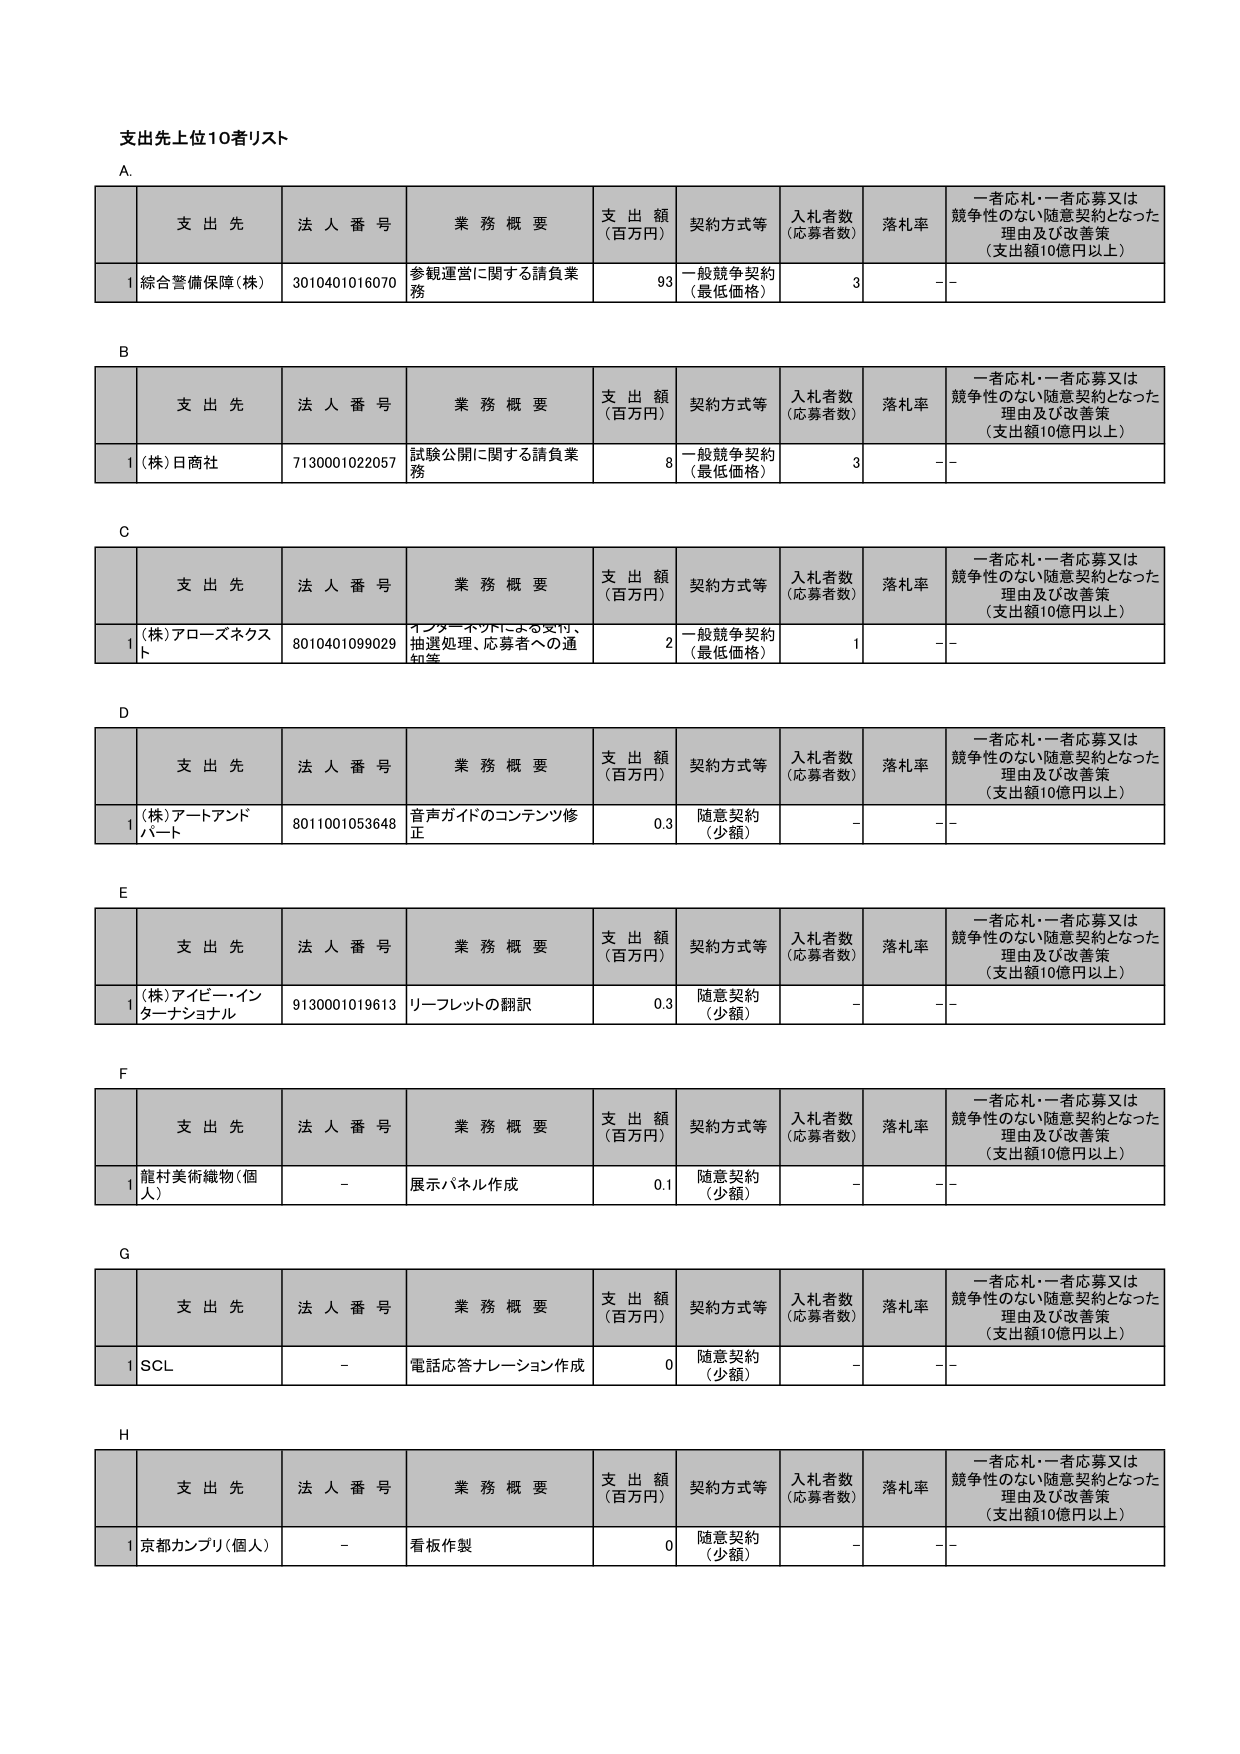
支出先上位10者リスト

A.
支 出 先 法 人 番 号 業 務 概 要 支 出 額 （百万円） 契約方式等 入札者数 （応募者数） 落札率 一者応札・一者応募又は 競争性のない随意契約となった 理由及び改善策 （支出額10億円以上）
1 総合警備保障（株） 3010401016070 参観運営に関する請負業 務 93 一般競争契約 （最低価格） 3 - -

B
支 出 先 法 人 番 号 業 務 概 要 支 出 額 （百万円） 契約方式等 入札者数 （応募者数） 落札率 一者応札・一者応募又は 競争性のない随意契約となった 理由及び改善策 （支出額10億円以上）
1 （株）日商社 7130001022057 試験公開に関する請負業 務 8 一般競争契約 （最低価格） 3 - -

C
支 出 先 法 人 番 号 業 務 概 要 支 出 額 （百万円） 契約方式等 入札者数 （応募者数） 落札率 一者応札・一者応募又は 競争性のない随意契約となった 理由及び改善策 （支出額10億円以上）
1 （株）アローズネクス ト 8010401099029 インターネットによる受付、 抽選処理、応募者への通 知等 2 一般競争契約 （最低価格） 1 - -

D
支 出 先 法 人 番 号 業 務 概 要 支 出 額 （百万円） 契約方式等 入札者数 （応募者数） 落札率 一者応札・一者応募又は 競争性のない随意契約となった 理由及び改善策 （支出額10億円以上）
1 （株）アートアンド パート 8011001053648 音声ガイドのコンテンツ修 正 0.3 随意契約 （少額） - - -

E
支 出 先 法 人 番 号 業 務 概 要 支 出 額 （百万円） 契約方式等 入札者数 （応募者数） 落札率 一者応札・一者応募又は 競争性のない随意契約となった 理由及び改善策 （支出額10億円以上）
1 （株）アイビー・イン ターナショナル 9130001019613 リーフレットの翻訳 0.3 随意契約 （少額） - - -

F
支 出 先 法 人 番 号 業 務 概 要 支 出 額 （百万円） 契約方式等 入札者数 （応募者数） 落札率 一者応札・一者応募又は 競争性のない随意契約となった 理由及び改善策 （支出額10億円以上）
1 龍村美術織物（個 人） - 展示パネル作成 0.1 随意契約 （少額） - - -

G
支 出 先 法 人 番 号 業 務 概 要 支 出 額 （百万円） 契約方式等 入札者数 （応募者数） 落札率 一者応札・一者応募又は 競争性のない随意契約となった 理由及び改善策 （支出額10億円以上）
1 SCL - 電話応答ナレーション作成 0 随意契約 （少額） - - -

H
支 出 先 法 人 番 号 業 務 概 要 支 出 額 （百万円） 契約方式等 入札者数 （応募者数） 落札率 一者応札・一者応募又は 競争性のない随意契約となった 理由及び改善策 （支出額10億円以上）
1 京都カンブリ（個人） - 看板作製 0 随意契約 （少額） - - -